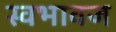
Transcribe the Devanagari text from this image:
स्वभावज